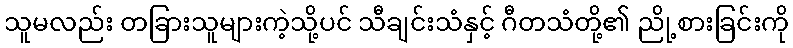
သူမလည်း တခြားသူများကဲ့သို့ပင် သီချင်းသံနှင့် ဂီတသံတို့၏ ညို့စားခြင်းကို